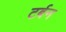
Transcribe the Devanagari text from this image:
टर्बन